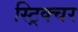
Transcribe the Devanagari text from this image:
स्ट्रिक्चर